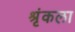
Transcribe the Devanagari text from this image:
श्रृंकला